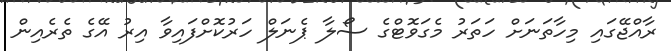
ރާއްޖޭގައި މިހާތަނަށް ހަތަރު މެގަވޮޓްގެ ސޯލާ ޕެނަލް ހަރުކޮށްފައިވާ އިރު އޭގެ ތެރެއިން